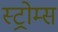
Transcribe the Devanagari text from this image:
स्ट्रोम्स